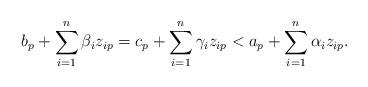
LaTeX: \begin{align*}b_p + \sum_{i=1}^n \beta_i z_{ip} = c_p + \sum_{i=1}^n \gamma_i z_{ip} < a_p + \sum_{i=1}^n \alpha_i z_{ip}.\end{align*}